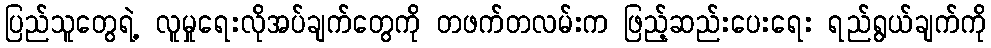
ပြည်သူတွေရဲ့ လူမှုရေးလိုအပ်ချက်တွေကို တဖက်တလမ်းက ဖြည့်ဆည်းပေးရေး ရည်ရွယ်ချက်ကို